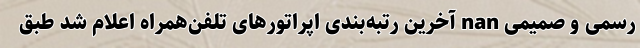
رسمی و صمیمی nan آخرین رتبه‌بندی اپراتورهای تلفن‌همراه اعلام شد طبق